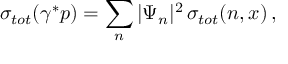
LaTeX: \sigma _ { t o t } ( \gamma ^ { * } p ) = \sum _ { n } | \Psi _ { n } | ^ { 2 } \, \sigma _ { t o t } ( n , x ) \, ,